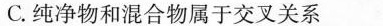
C.纯净物和混合物属于交叉关系